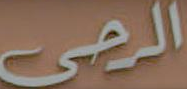
الرحى